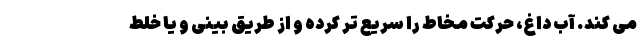
می کند. آب داغ، حرکت مخاط را سریع تر کرده و از طریق بینی و یا خلط